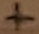
Text: +